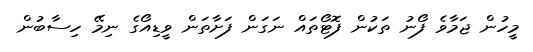
މީހުން ޖަމާވެ ފޯނު ތަކުން ފޮޓޯތައް ނަގަން ފަށާތަން ވީޑިއޯގެ ނިމޭ ހިސާބުން